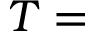
T =